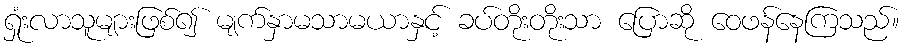
ရှုံးလာသူများဖြစ်၍ မျက်နှာမသာမယာနှင့် ခပ်တိုးတိုးသာ ပြောဆို ဝေဖန်နေကြသည်။